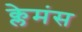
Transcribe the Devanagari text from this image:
क्लेमंस